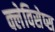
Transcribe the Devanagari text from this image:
क्लेविसेप्स